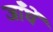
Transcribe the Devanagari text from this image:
जाँघें